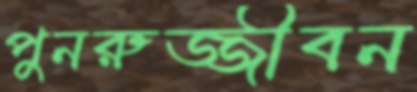
পুনরুজ্জীবন